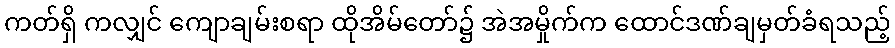
ကတ်ရှိ ကလျှင် ကျောချမ်းစရာ ထိုအိမ်တော်၌ အဲအမှိုက်က ထောင်ဒဏ်ချမှတ်ခံရသည့်